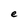
Character: e